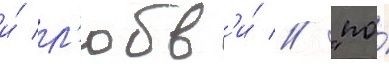
и́ л'юбв'и́ // "по́